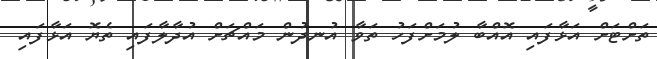
ތަށްޓަށް އަޅާފައި އޮއްބާ ލުމަށްފަހު ތަވާ އުނދުން މައްޗަށް އުދާލާފައި ތެޔޮ އަޅާފައި